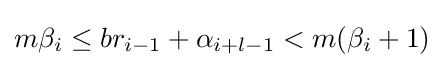
m\beta _{i}\leq br_{i-1}+\alpha _{i+l-1}<m(\beta _{i}+1)